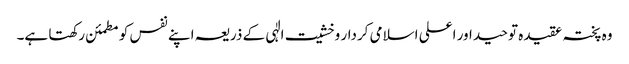
وہ پختہ عقیدہ توحید اور اعلی اسلامی کردار وخشیت الٰہی کے ذریعہ اپنے نفس کو مطمئن رکھتا ہے۔